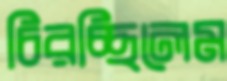
চিরচ্ছিলেম